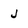
Character: j